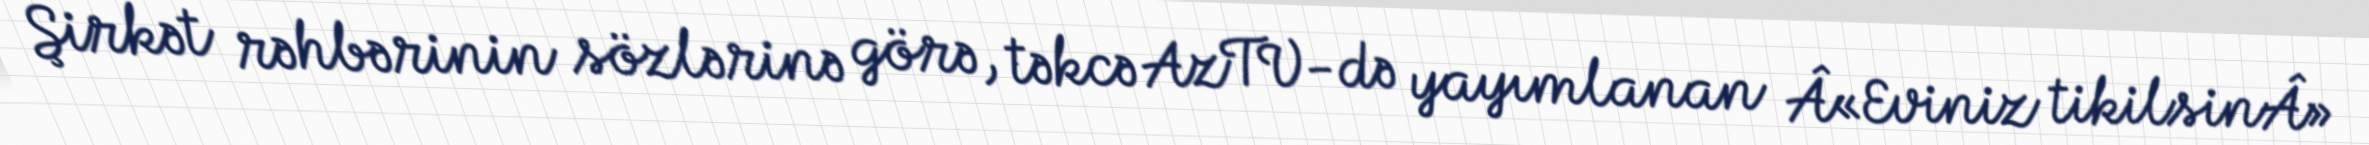
Şirkət rəhbərinin sözlərinə görə, təkcə AzTV-də yayımlanan Â«Eviniz tikilsinÂ»